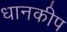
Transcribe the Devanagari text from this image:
धानकीप